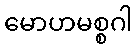
မောဟမစ္စဂါ